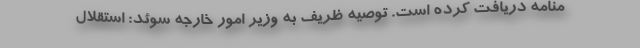
منامه دریافت کرده است. توصیه ظریف به وزیر امور خارجه سوئد: استقلال